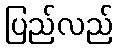
ပြည်လည်